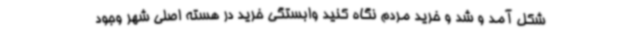
شکل آمد و شد و خرید مردم نگاه کنید وابستگی خرید در هسته اصلی شهر وجود